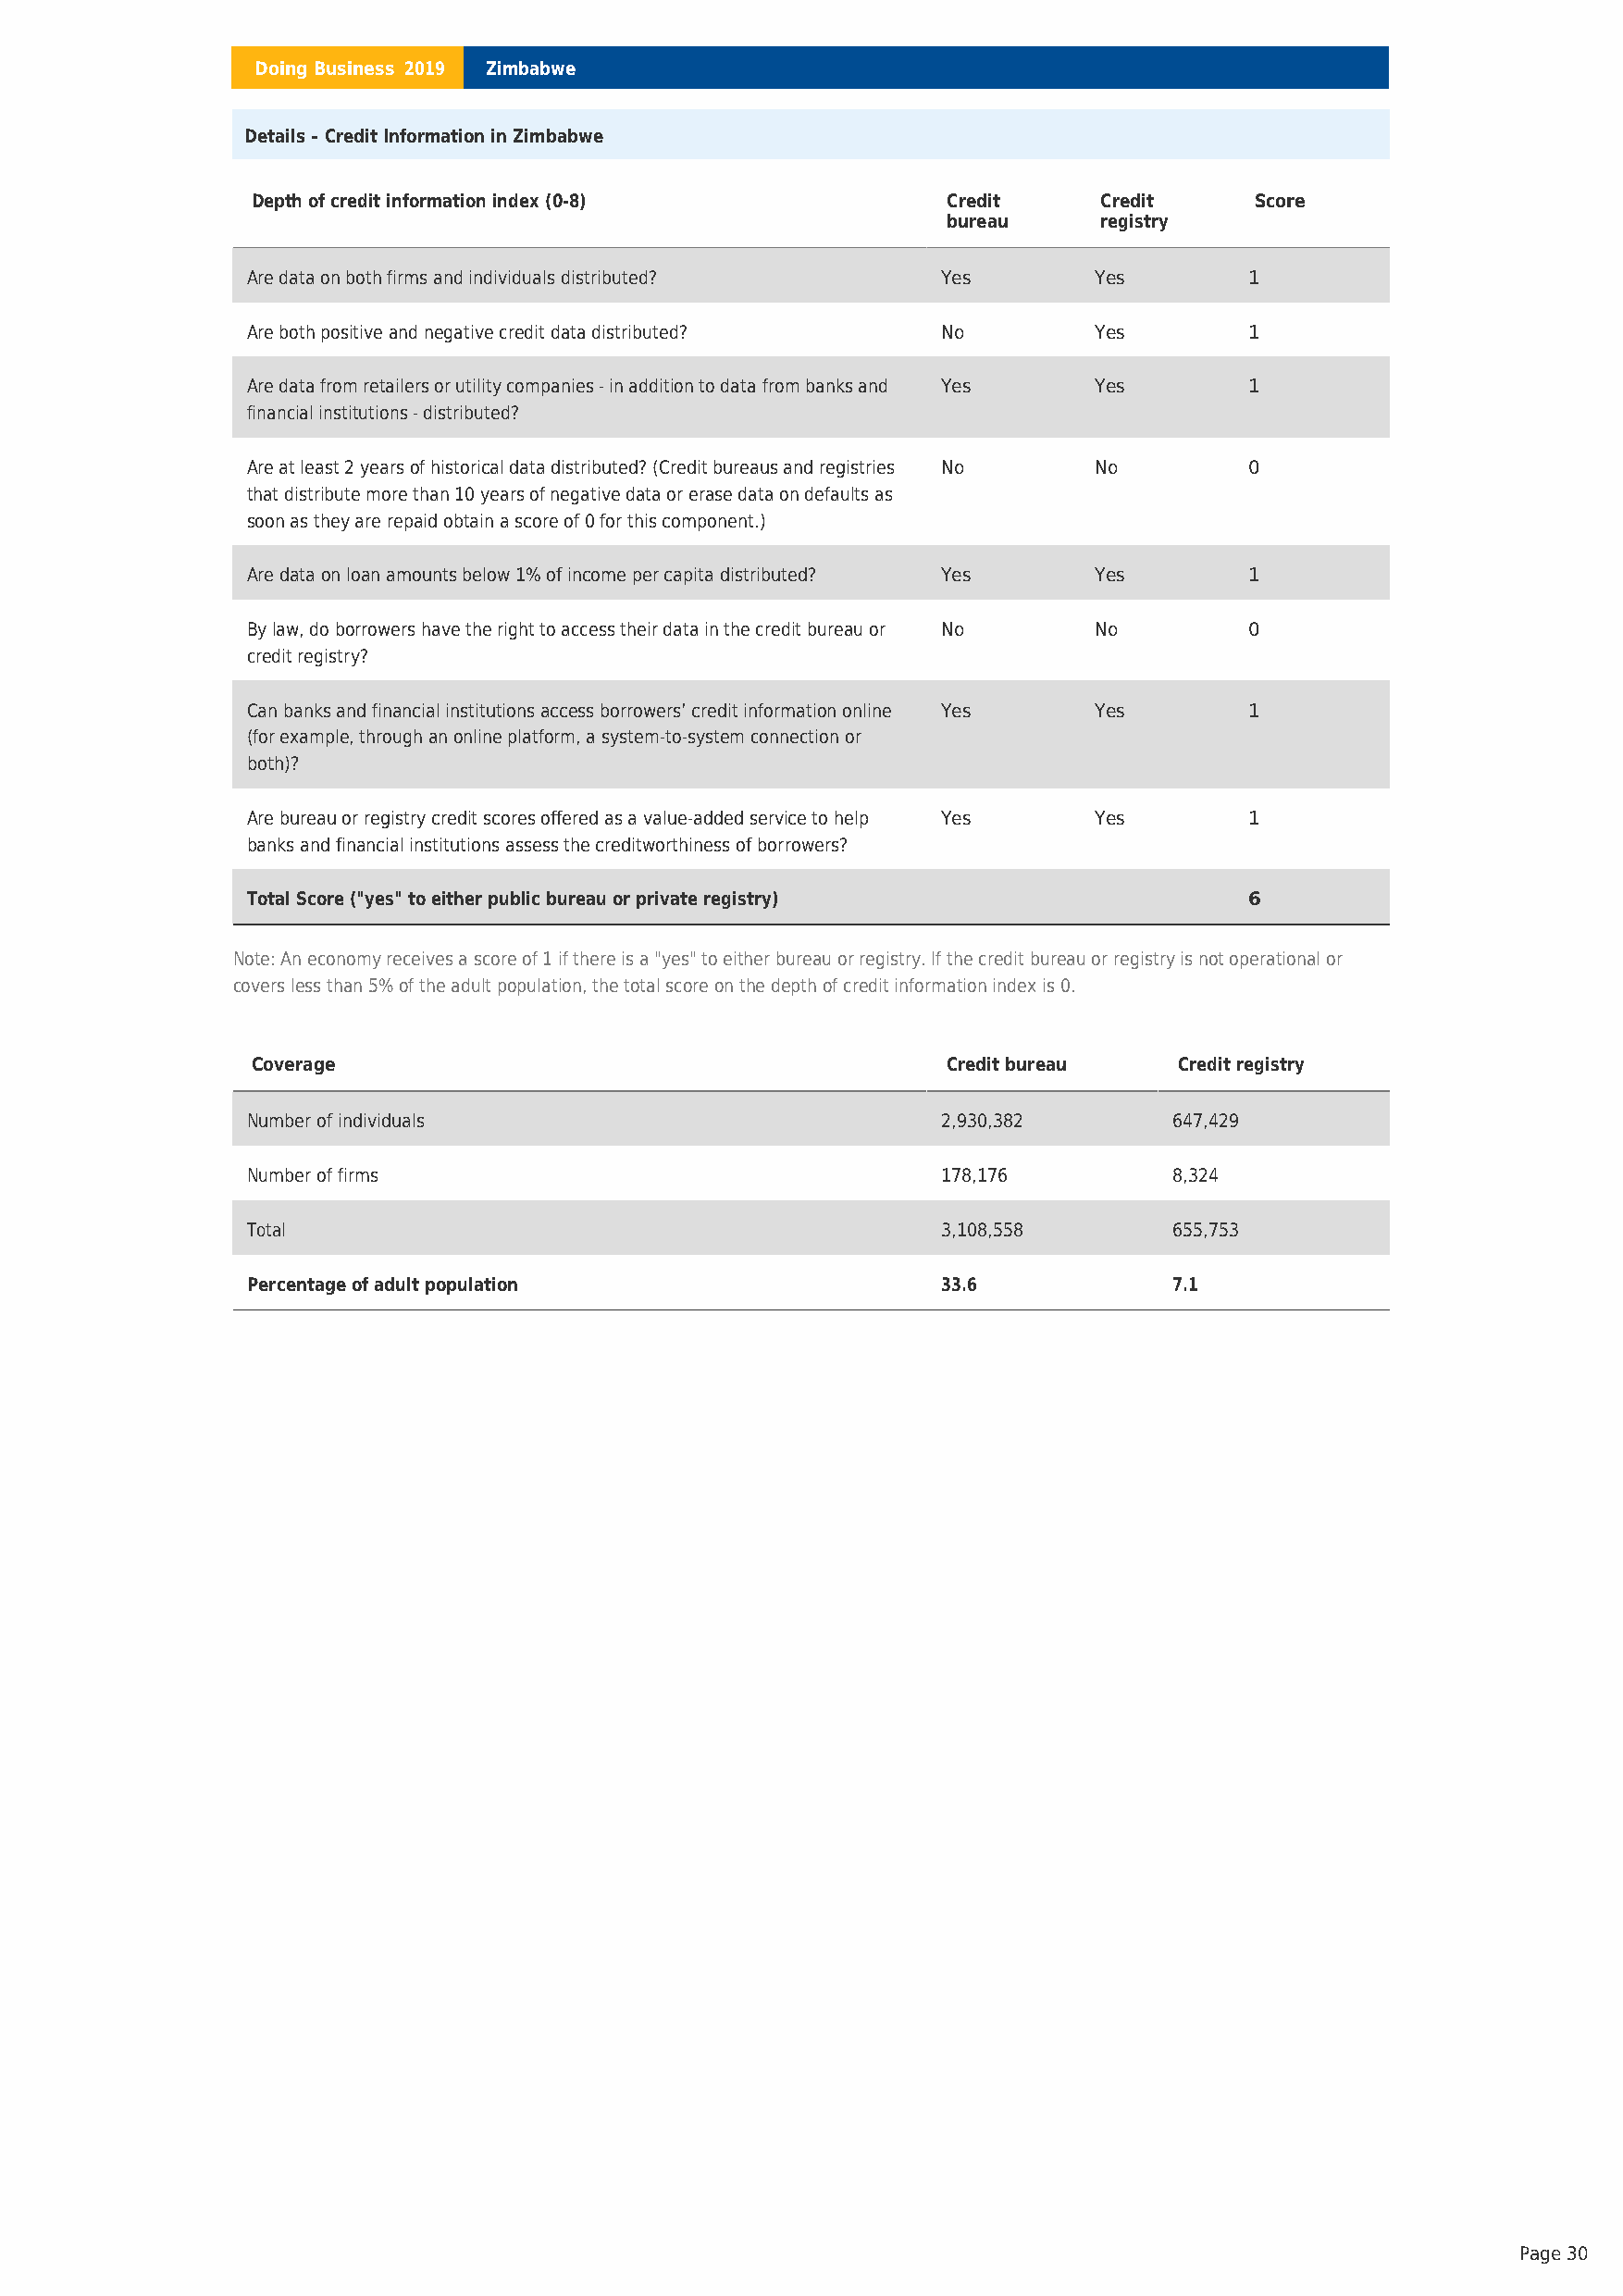
Doing Business 2019 Zimbabwe
 Details – Credit Information in Zimbabwe
 Depth of credit information index (0-8)           Credit     Credit     Score
 bureau     registry
 Are data on both firms and individuals distributed? Yes     Yes        1
 Are both positive and negative credit data distributed? No  Yes        1
 Are data from retailers or utility companies - in addition to data from banks and Yes Yes 1
 financial institutions - distributed?
 Are at least 2 years of historical data distributed? (Credit bureaus and registries No No 0
 that distribute more than 10 years of negative data or erase data on defaults as
 soon as they are repaid obtain a score of 0 for this component.)
 Are data on loan amounts below 1% of income per capita distributed? Yes Yes 1
 By law, do borrowers have the right to access their data in the credit bureau or No No 0
 credit registry?
 Can banks and financial institutions access borrowers’ credit information online Yes Yes 1
 (for example, through an online platform, a system-to-system connection or
 both)?
 Are bureau or registry credit scores offered as a value-added service to help Yes Yes 1
 banks and financial institutions assess the creditworthiness of borrowers?
 Total Score ("yes" to either public bureau or private registry)        6
 Note: An economy receives a score of 1 if there is a "yes" to either bureau or registry. If the credit bureau or registry is not operational or
 covers less than 5% of the adult population, the total score on the depth of credit information index is 0.
 Coverage                                          Credit bureau   Credit registry
 Number of individuals                            2,930,382        647,429
 Number of firms                                  178,176          8,324
 Total                                            3,108,558        655,753
 Percentage of adult population                   33.6             7.1
 Page 30